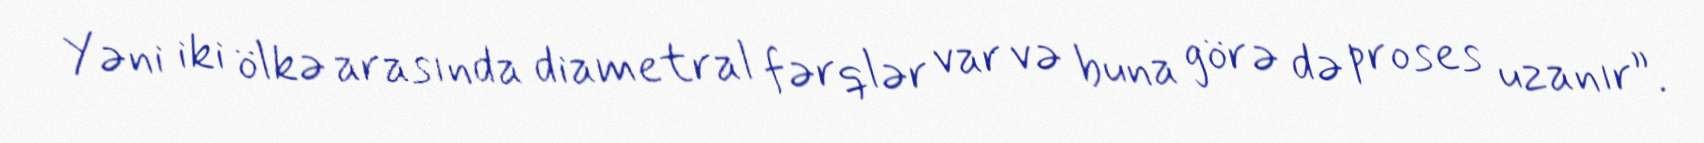
Yəni iki ölkə arasında diametral fərqlər var və buna görə də proses uzanır”.